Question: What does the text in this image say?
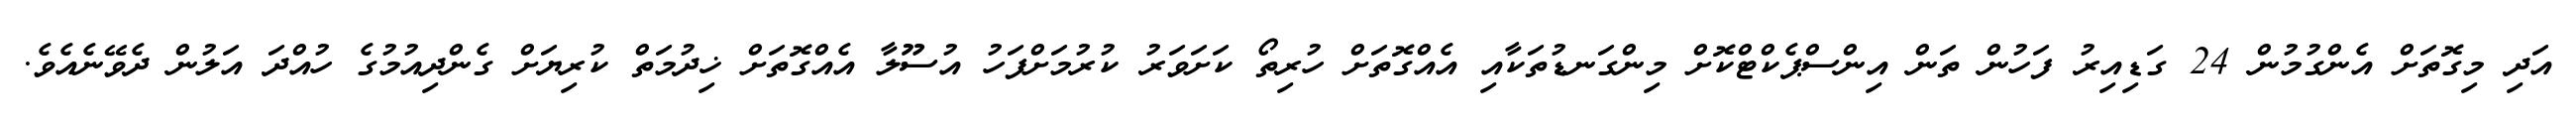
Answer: އަދި މިގޮތަށް އެންގުމުން 24 ގަޑިއިރު ފަހުން ތަން އިންސްޕެކްޓްކޮށް މިންގަނޑުތަކާއި އެއްގޮތަށް ހުރިތޯ ކަށަވަރު ކުރުމަށްފަހު އުސޫލާ އެއްގޮތަށް ޚިދުމަތް ކުރިޔަށް ގެންދިއުމުގެ ހުއްދަ އަލުން ދެވޭނެއެވެ.